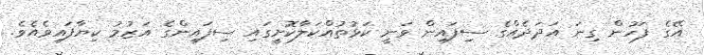
އޭގެ ފަހުން ގިނަ އަދަދެއްގެ ސިފައިން ވަނީ ކަޅުތުއްކަލާކޮށީގައި ސިފައިންގެ އަޒުމު ކިޔާފައިވެއެވެ.